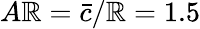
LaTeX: A\mathbb{R}=\bar{{c}}/\mathbb{R}=1.5